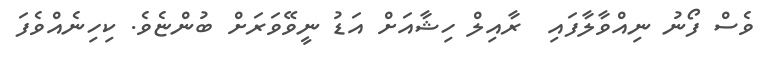
ވެސް ފޯނު ނިއްވާލާފައި  ރާއިލް ހިޝާއަށް އަޑު ނީވޭވަރަށް ބުންޏެވެ. ކިހިނެއްވެފަ